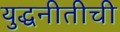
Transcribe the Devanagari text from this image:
युद्धनीतीची